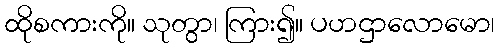
ထိုစကားကို။ သုတွာ၊ ကြား၍။ ပဟဌာလောမော၊